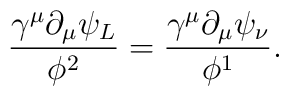
\frac{\gamma^{\mu}\partial_{\mu} \psi_{L}}{\phi^{2}}=\frac{\gamma^{\mu}\partial_{\mu} \psi_{\nu}}{\phi^{1}}.